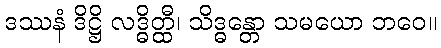
ဒဿနံ ဒိဋ္ဌိ လဒ္ဓိတ္ထီ၊ သိဒ္ဓန္တော သမယော ဘဝေ။